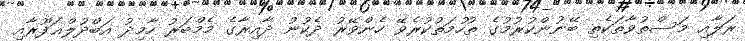
ރަލާއި މަސްތުވާތަކެތި ބޭނުންކުރުމުގެ ތުހުމަތުކުރެވޭ ހެންވޭރު ދެކުނު ދާއިރާގެ މެމްބަރު ހާމިދު އަބްދުލްޣަފޫރާއި